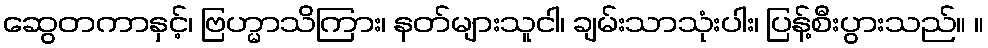
ဆွေတကာနှင့်၊ ဗြဟ္မာသိကြား၊ နတ်များသူငါ၊ ချမ်းသာသုံးပါး၊ ပြန့်စီးပွားသည်။ ။